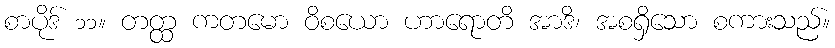
စာပိုဒ် ၁၁။ တတ္ထ ကတမော ဝိစယော ဟာရောတိ အာဒိ၊ အစရှိသော စကားသည်။